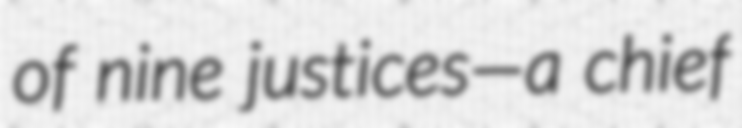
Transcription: of nine justices—a chief